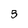
Character: 5